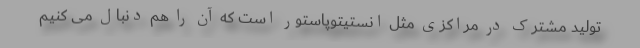
تولید مشترک در مراکزی مثل انستیتوپاستور است که آن را هم دنبال می کنیم